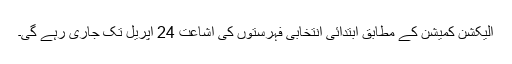
الیکشن کمیشن کے مطابق ابتدائی انتخابی فہرستوں کی اشاعت 24 اپریل تک جاری رہے گی۔